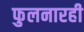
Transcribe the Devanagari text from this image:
फुलनारही